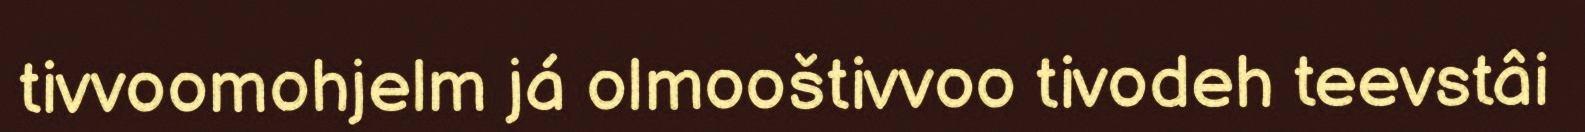
tivvoomohjelm já olmooštivvoo tivodeh teevstâi